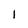
Character: I